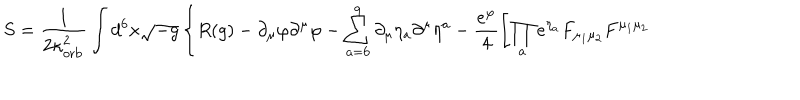
S = \frac { 1 } { 2 \kappa _ { \mathrm { o r b } } ^ { 2 } } \int d ^ { 6 } x \sqrt { - g } \left\{ { R } ( g ) - \partial _ { \mu } \varphi \partial ^ { \mu } \varphi - \sum _ { a = 6 } ^ { 9 } \partial _ { \mu } { \eta _ { a } } \partial ^ { \mu } { \eta ^ { a } } - \frac { e ^ { \varphi } } { 4 } \left[ \prod _ { a } e ^ { \eta _ { a } } { F } _ { \mu _ { 1 } \mu _ { 2 } } { F } ^ { \mu _ { 1 } \mu _ { 2 } } \right. \right.